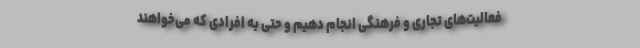
فعالیت‌های تجاری و فرهنگی انجام دهیم و حتی به افرادی که می‌خواهند